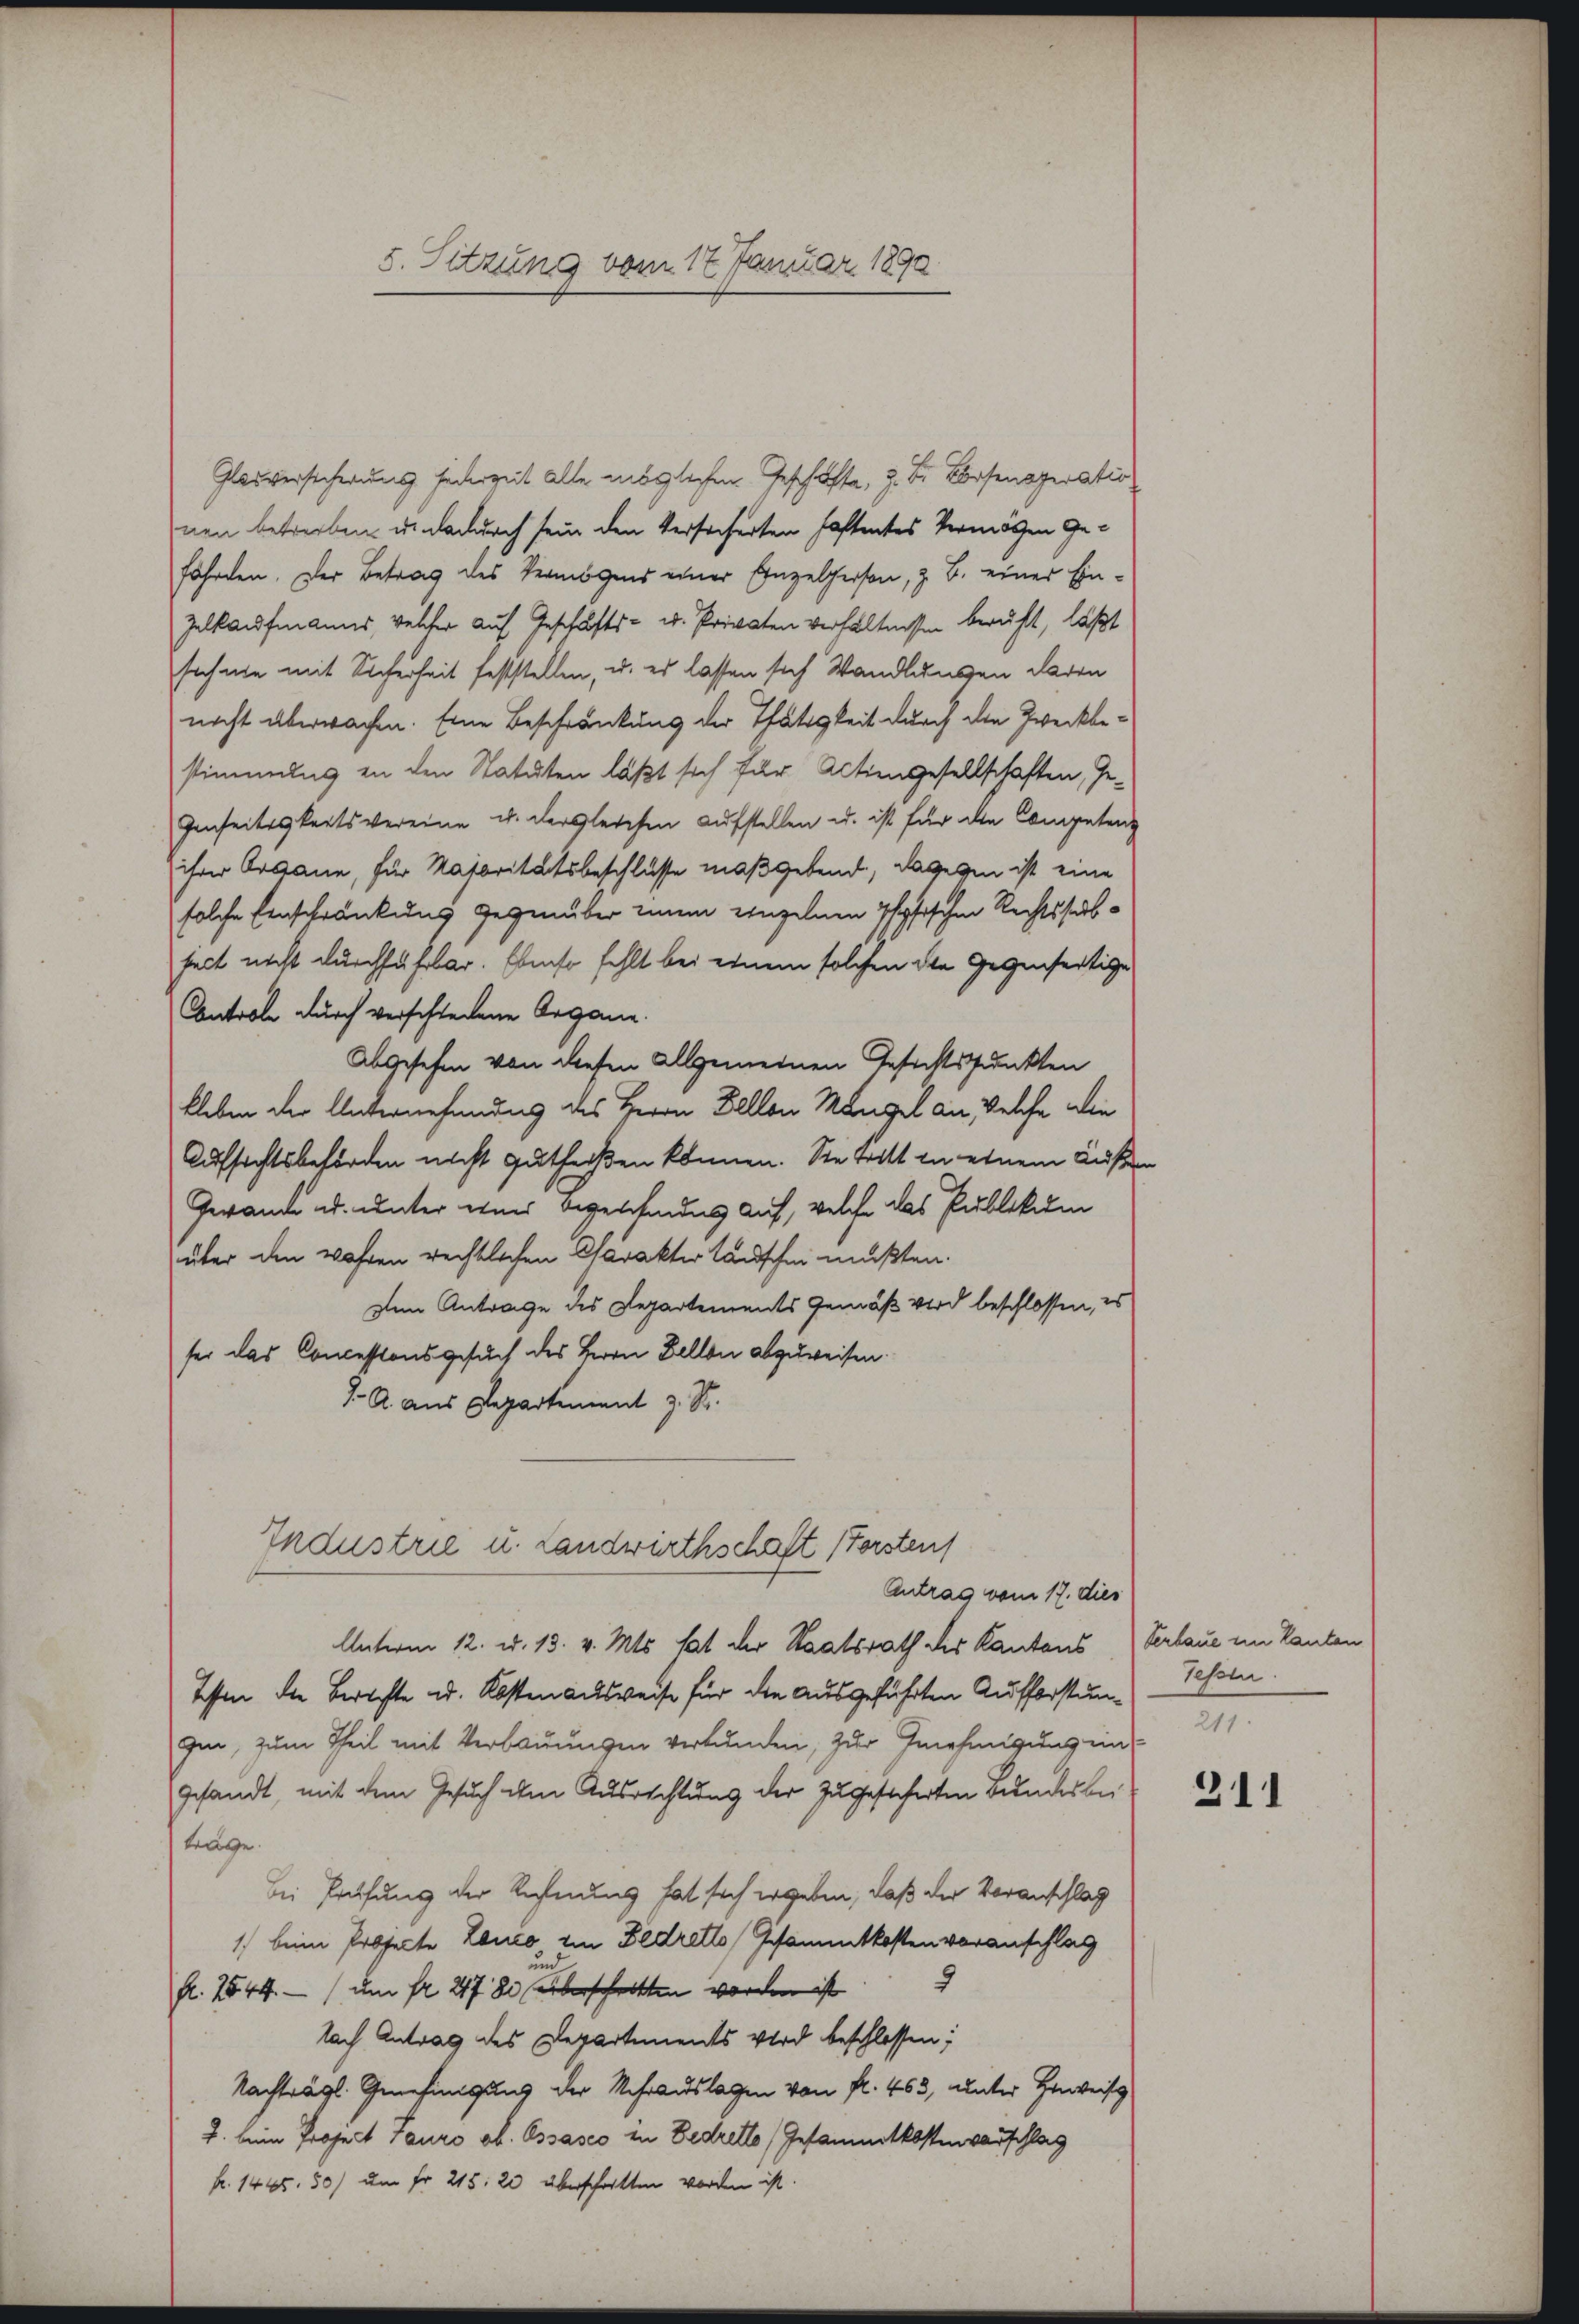
5. Sitzung vom 17. Januar 1890.

Glaiversicherung jederzeit alle möglichen Geschoffe, z. B. Benoperatio
nen betreiben u. dadurch sein den Versicherten haftentes Vermögen Gefährten. Der Betrag des Vermögens einer Einzelperson, z. B. einer Ein¬
Zelkaufmanns, welcher auf Geschäfts- u. Privaten verhältnissen beruht, läßt
sich nie mit Sicherheit feststellen, u. es lassen sich Wandlungen daren
nicht überwachen. Eine Beschränkung der Thätigkeit durch die Zweckbestimmung in den Statuten läßt sich für Actiengesellschaften, Ge-
Genseitigkeitsvereine u. dergleichen Aufstellen u. ist für die Competenz
ihrer Organe, für Majoritätsbeschlüsse maßgebend, dagegen ist eine
solche Einschränkung gegenüber einem einzelnen physischen Rechtssabject nicht durchführbar. Ebenso fehlt bei einem solchen die Gegenseitige
Controle durch verschiedene Organe.
Abgesehen von diesen allgemeinen Gesichtspunkten
kleben der Unternehmung des Herrn Fellen Mängel an Welche die
Aufsichtsbehörden nicht gutheißen können. Sie tritt in einem Äußern
Gewande u. unter eines Angeschindes auf, welche das Publikum
über den wahren rechtlichen Charakter Landschen mußten.
Dem Antrage des Departements Gemäß wird beschlossen, es
sei das Concessionsgesuch des Herrn Fellen abzuweisen.
J. A. aus Departement z. S.
Industrie u. Landwirthschaft (Forstens
Antrag vom 17. dies
Unterm 12. d. 13. v. Mts. hat der Staatsrath des Kantons
tessen die Berichte u. Kostenausweise für die ausgeführten Aufforstung dessen.
gin, zum Theil mit Verbauungen verbunden, zur Genehmigung un
gesandt, mit dem Gesuch dem Ausrichtung der zugesicherten Bundesber
träge.
bei Prüfung der Rechnung hat sich ergeben, daß der Voranschlag
1) beim Projecte Zeno ein Bedretto Gesammtkosten voranschlag
fl. 1544. — (um fr. 278 aberschritten worden ist
Nach Antrag des Departements wird beschlossen;
Nachträgl. Genehmigung der Mehrauslagen von fl. 463, unter Herweis
2. beim Project Tauro ob. Ossasco in Bedretto Gesammtkostenverschlag
k. 1445. 50) um fr. 215: 20 überschritten worden ist.

Verbaue im Kanton
211.

311